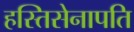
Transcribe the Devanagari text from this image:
हस्तिसेनापति